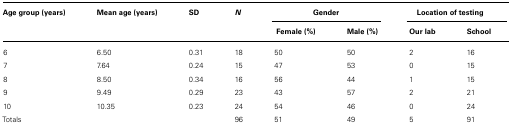
<table><thead><tr><td><b>Age group (years)</b></td><td><b>Mean age (years)</b></td><td><b>SD</b></td><td><b><i>N</i></b></td><td colspan="2"><b>Gender</b></td><td colspan="2"><b>Location of testing</b></td></tr><tr><td></td><td></td><td></td><td></td><td><b>Female (%)</b></td><td><b>Male (%)</b></td><td><b>Our lab</b></td><td><b>School</b></td></tr></thead><tbody><tr><td>6</td><td>6.50</td><td>0.31</td><td>18</td><td>50</td><td>50</td><td>2</td><td>16</td></tr><tr><td>7</td><td>7.64</td><td>0.24</td><td>15</td><td>47</td><td>53</td><td>0</td><td>15</td></tr><tr><td>8</td><td>8.50</td><td>0.34</td><td>16</td><td>56</td><td>44</td><td>1</td><td>15</td></tr><tr><td>9</td><td>9.49</td><td>0.29</td><td>23</td><td>43</td><td>57</td><td>2</td><td>21</td></tr><tr><td>10</td><td>10.35</td><td>0.23</td><td>24</td><td>54</td><td>46</td><td>0</td><td>24</td></tr><tr><td>Totals</td><td></td><td></td><td>96</td><td>51</td><td>49</td><td>5</td><td>91</td></tr></tbody></table>